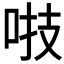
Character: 𠴜